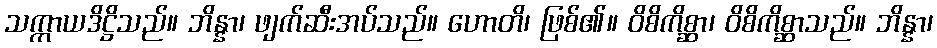
သက္ကာယဒိဋ္ဌိသည်။ ဘိန္နာ၊ ဖျက်ဆီးအပ်သည်။ ဟောတိ၊ ဖြစ်၏။ ဝိစိကိစ္ဆာ၊ ဝိစိကိစ္ဆာသည်။ ဘိန္နာ၊